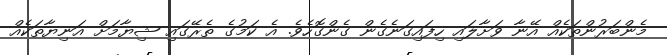
މެންބަރުންތަކެއް އޭނާ ވަށާލައި ހިފައިގަނެގެން ގެންގޮހެވެ. އެ ކަމުގެ ތެރޭގައި ޝިޔާމަށް އަނިޔާތަކެއް